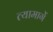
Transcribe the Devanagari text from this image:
त्यामार्गे